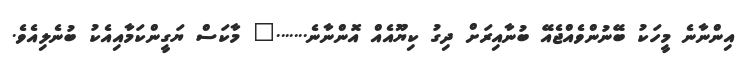
އިންނާނެ މީހަކު ބޭނުންވެއްޖެއޭ ބުނާއިރަށް ދިގު ކިޔޫއެއް އޮންނާނެ......." މާކަސް ޔަގީންކަމާއިއެކު ބުނެލިއެވެ.